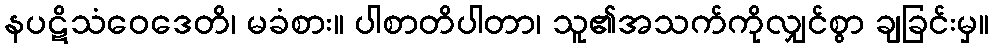
နပဋိသံဝေဒေတိ၊ မခံစား။ ပါစာတိပါတာ၊ သူ၏အသက်ကိုလျှင်စွာ ချခြင်းမှ။